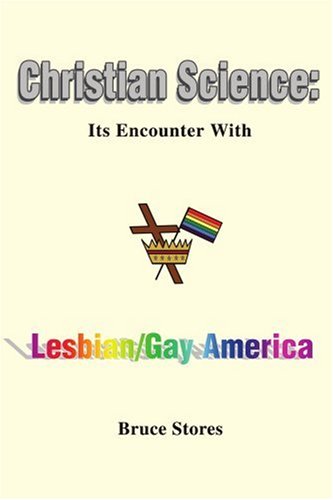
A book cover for Christian Science: Its Encounter With Lesbian/Gay America; Bruce Stores; Christian Books & Bibles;